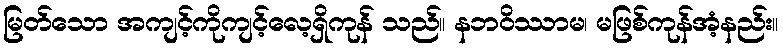
မြတ်သော အကျင့်ကိုကျင့်လေ့ရှိကုန် သည်။ နဘဝိဿာမ၊ မဖြစ်ကုန်အံ့နည်း။